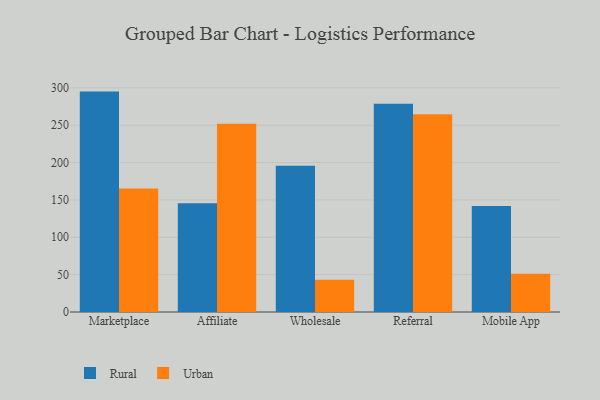
{"axis": {"x": "Channel", "y": "Humidity (%)"}, "legend": ["Rural", "Urban"], "data": [{"x": "Marketplace", "y": 295.0, "type": "Rural"}, {"x": "Marketplace", "y": 165.2, "type": "Urban"}, {"x": "Affiliate", "y": 145.6, "type": "Rural"}, {"x": "Affiliate", "y": 251.9, "type": "Urban"}, {"x": "Wholesale", "y": 195.9, "type": "Rural"}, {"x": "Wholesale", "y": 43.3, "type": "Urban"}, {"x": "Referral", "y": 278.9, "type": "Rural"}, {"x": "Referral", "y": 264.6, "type": "Urban"}, {"x": "Mobile App", "y": 142.0, "type": "Rural"}, {"x": "Mobile App", "y": 51.2, "type": "Urban"}]}